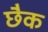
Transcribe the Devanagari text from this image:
छैक